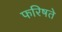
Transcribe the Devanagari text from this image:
फरिषते